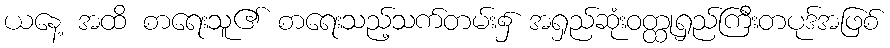
ယနေ့ အထိ စာရေးသူ၏ စာရေးသည့်သက်တမ်း၌ အရှည်ဆုံးဝတ္ထုရှည်ကြီးတပုဒ်အဖြစ်